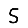
Digit: 5